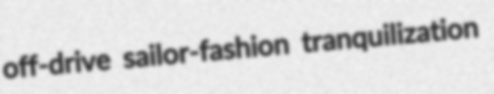
off-drive sailor-fashion tranquilization